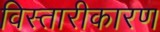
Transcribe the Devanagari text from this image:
विस्तारीकारण